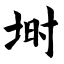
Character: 埘